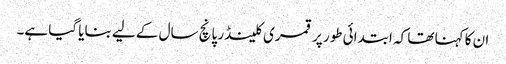
ان کا کہنا تھا کہ ابتدائی طور پر قمری کلینڈر پانچ سال کے لیے بنایا گیا ہے۔